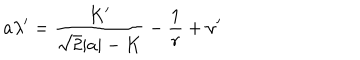
LaTeX: a \lambda ^ { \prime } = \frac { K ^ { \prime } } { \sqrt { 2 } | a | - K } - \frac { 1 } { r } + \nu ^ { \prime }